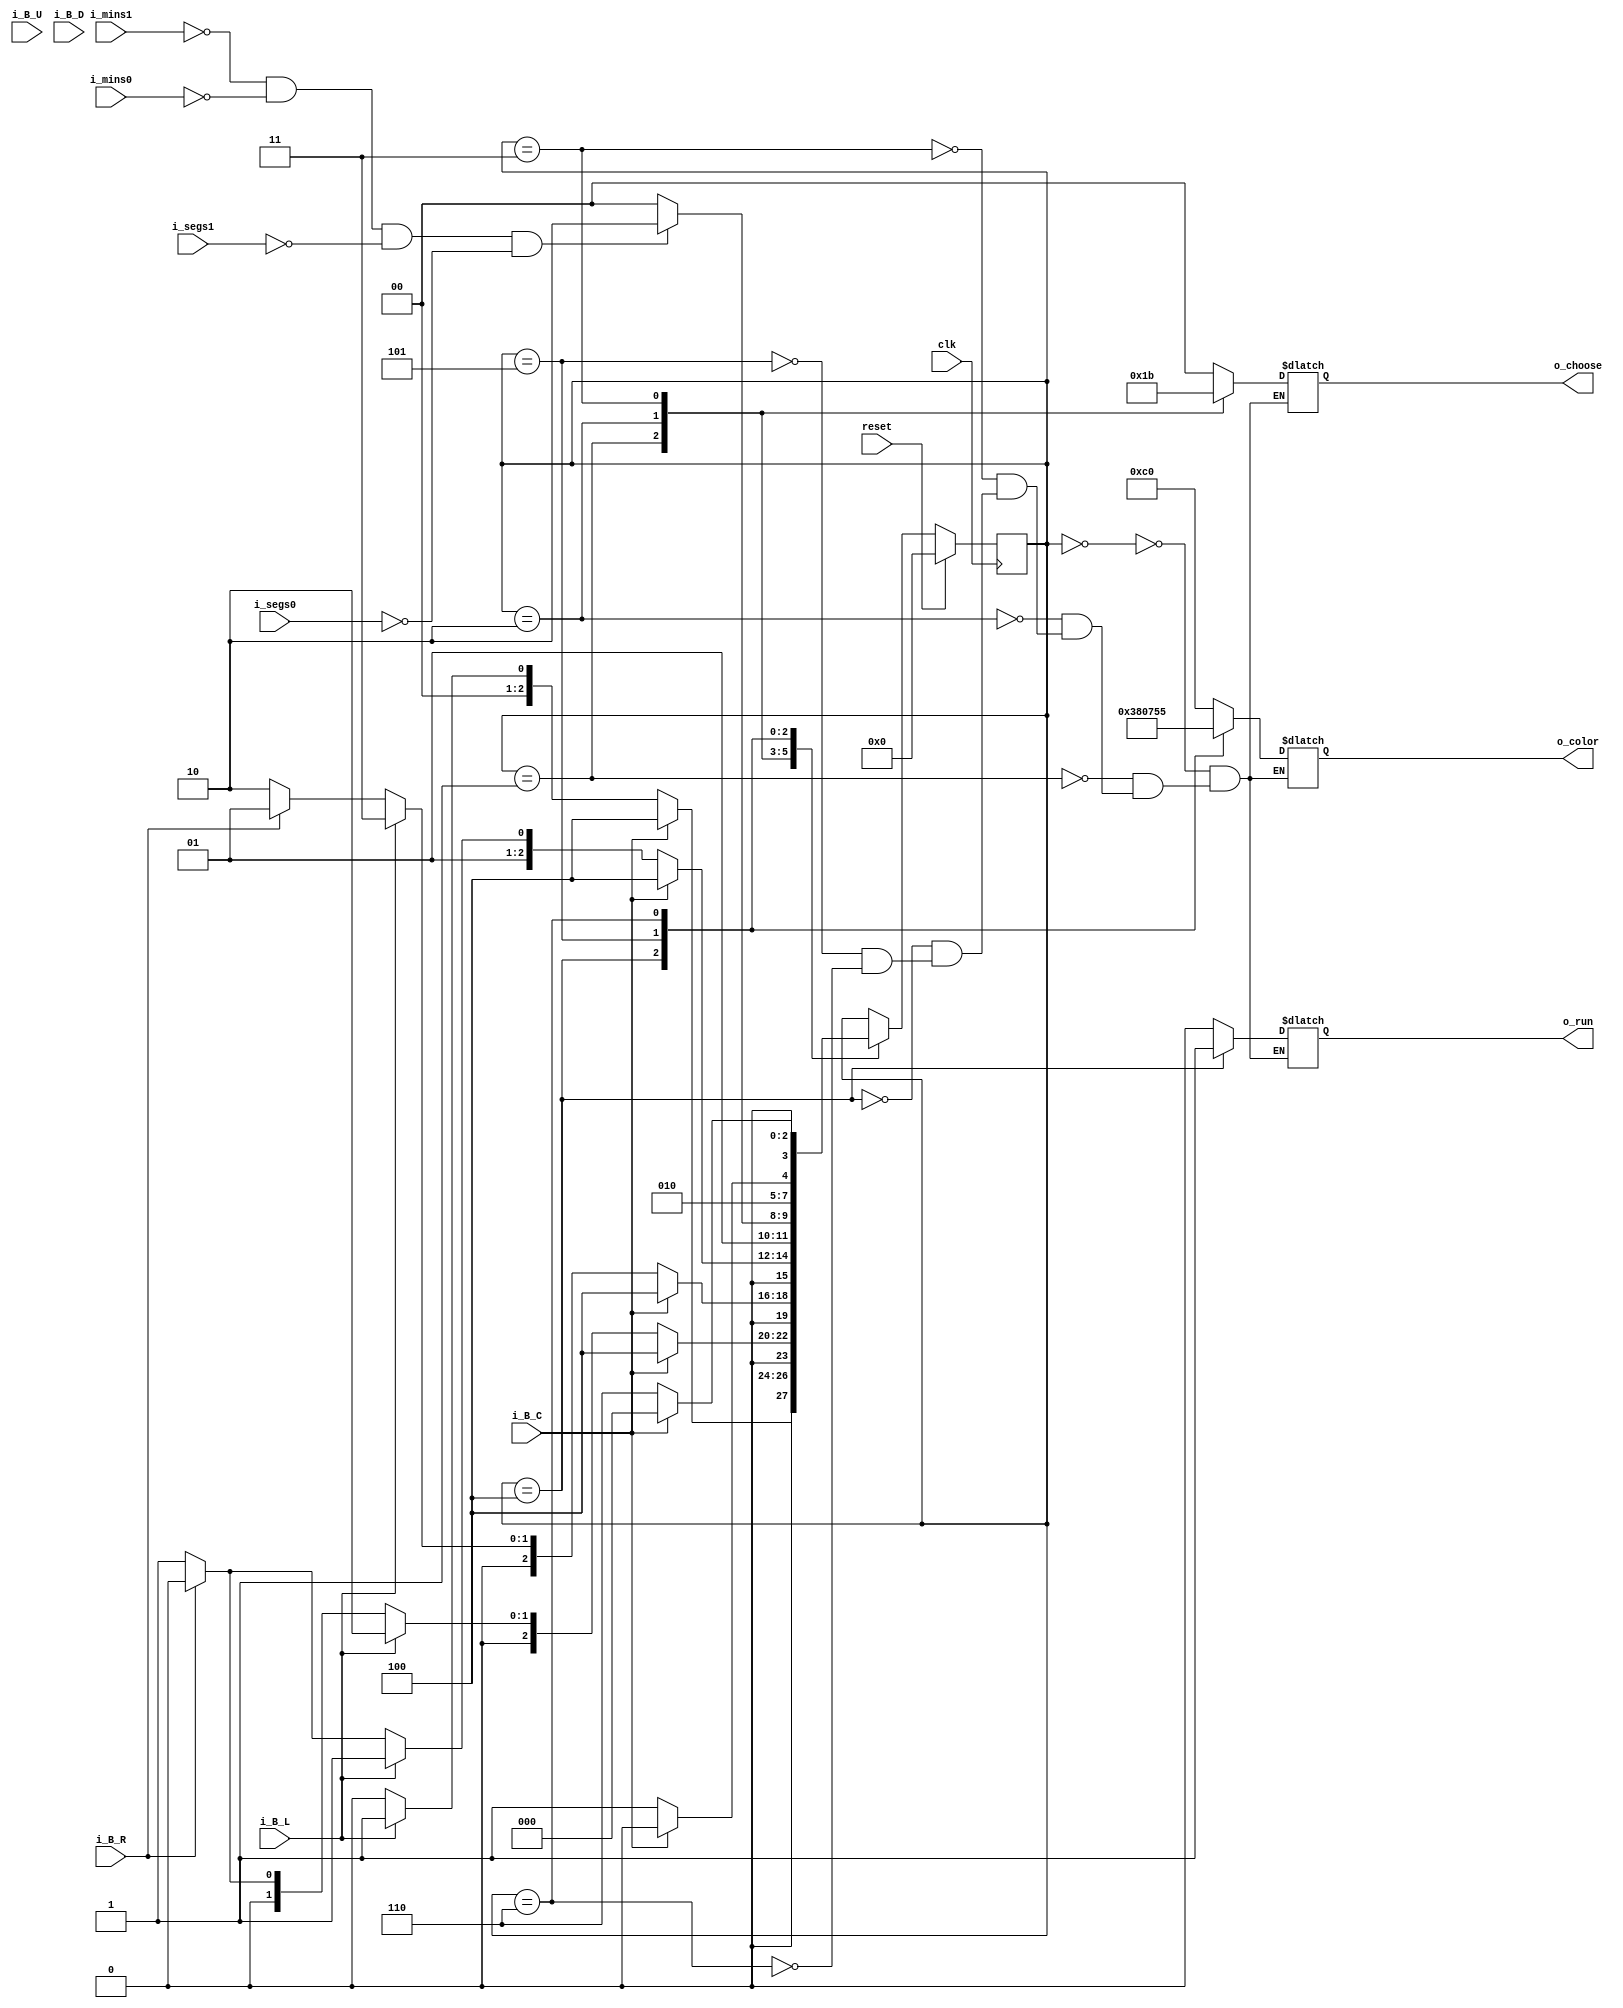
`timescale 1ns / 1ps
//////////////////////////////////////////////////////////////////////////////////
// Company: 
// Engineer: 
// 
// Design Name: 
// Module Name:    color_controller 
// Project Name: 
// Target Devices: 
// Tool versions: 
// Description: 
//
// Dependencies: 
//
// Revision: 
// Revision 0.01 - File Created
// Additional Comments: 
//
//////////////////////////////////////////////////////////////////////////////////
module fsm_timer(
	 input wire clk, reset, i_B_U, i_B_D, i_B_L, i_B_R, i_B_C,
	 input wire [3:0] i_mins0,
	 input wire [3:0] i_mins1,
	 input wire [3:0] i_segs0,
	 input wire [3:0] i_segs1,
	 output wire [7:0] o_color,
	 output wire o_run,
	 output wire [1:0] o_choose
);


localparam [3:0] STATE_Initial = 4'd0, //Set Pos 0
	STATE_1 = 4'd1,							//Set Pos 1
	STATE_2 = 4'd2,							//Set Pos 2
	STATE_3 = 4'd3,							//Set Pos 3
	STATE_4 = 4'd4,							//Contar
	STATE_5 = 4'd5,							//Pausa
	STATE_6 = 4'd6,							//Fin
	STATE_7 = 4'd7,
	STATE_8 = 4'd8;
reg [3:0] current_state = STATE_Initial;
reg [3:0] next_state = STATE_Initial;

reg reg_o_run = 1'd0;
reg [1:0] reg_o_choose = 2'd0;
reg [7:0] reg_o_color=8'd0;

always@(*) begin
	next_state = current_state;
	case(current_state)
		STATE_Initial: begin
			if(i_B_C) begin 
				next_state = STATE_4;
			end else if (i_B_L) begin
				next_state=STATE_1;
			end else if (i_B_R) begin
				next_state = STATE_Initial;
			end else begin
				next_state = STATE_Initial;
			end
		end
		STATE_1: begin
			if(i_B_C) begin 
				next_state = STATE_4;
			end else if (i_B_L) begin
				next_state=STATE_2;
			end else if (i_B_R) begin
				next_state = STATE_Initial;
			end else begin
				next_state = STATE_1;
			end
		end
		STATE_2: begin
			if(i_B_C) begin 
				next_state = STATE_4;
			end else if (i_B_L) begin
				next_state=STATE_3;
			end else if (i_B_R) begin
				next_state = STATE_1;
			end else begin
				next_state = STATE_2;
			end
		end
		STATE_3: begin
			if(i_B_C) begin 
				next_state = STATE_4;
			end else if (i_B_L) begin
				next_state=STATE_3;
			end else if (i_B_R) begin
				next_state = STATE_2;
			end else begin
				next_state = STATE_3;
			end
		end
		STATE_4: begin
			if(i_mins1==4'b0 && i_mins0==4'b0 && i_segs1==4'b0 && i_segs0==4'b0 ) begin //termino de contar
				next_state=STATE_6;
			end else 
		//	if (i_B_C) begin //pausa
		//		next_state=STATE_5;
		//	end else begin//siga contando
				next_state=STATE_4;
		//	end
		end
		STATE_5:begin
			if(i_B_C) begin//reanudar
				next_state=STATE_4;
			end else begin //seguir en pausa
				next_state=STATE_5;
			end
		end
		STATE_6:begin
			if(i_B_C) begin//reanudar
				next_state=STATE_Initial;
			end else begin //seguir en pausa
				next_state=STATE_6;
			end
		end
		
		
	endcase
end

always@(*) begin
	case(current_state)
		STATE_Initial: begin
			reg_o_run = 1'd0;
			reg_o_choose=2'd0;
			reg_o_color=8'b11000000;
		end
		STATE_1: begin
			reg_o_run = 1'd0;
			reg_o_choose=2'd1;
			reg_o_color=8'b11000000;
		end
		STATE_2: begin
			reg_o_run = 1'd0;
			reg_o_choose=2'd2;
			reg_o_color=8'b11000000;
		end
		STATE_3: begin
			reg_o_run = 1'd0;
			reg_o_choose=2'd3;
			reg_o_color=8'b11000000;
		end
		STATE_4: begin
			reg_o_run = 1'd1;
			reg_o_choose=2'd0;
			reg_o_color=8'b00111000;
		end
		STATE_5: begin
			reg_o_run = 1'd0;
			reg_o_choose=2'd0;
			reg_o_color=8'b00000111;
		end
		STATE_6: begin
			reg_o_run = 1'd0;
			reg_o_choose=2'd0;
			reg_o_color=8'b01010101;
		end
		
	endcase
end 


always@(posedge clk) begin
	if (reset) begin 
		current_state <= STATE_Initial;
	end else begin 
		current_state <= next_state;
	end
end


assign o_run=reg_o_run;
assign o_choose=reg_o_choose;
assign o_color=reg_o_color;
	 
endmodule